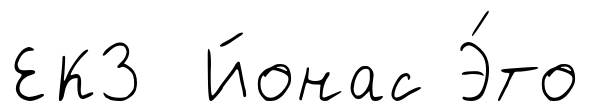
ЕК3 Йонас Э́то